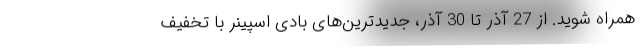
همراه شوید. از 27 آذر تا 30 آذر، جدیدترین‌های بادی اسپینر با تخفیف